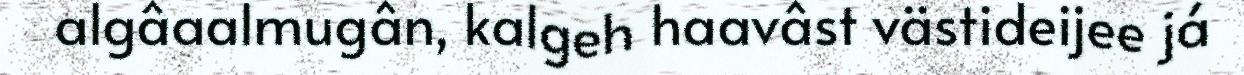
algâaalmugân, kalgeh haavâst västideijee já